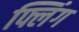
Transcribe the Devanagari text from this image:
फ्लिंग